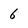
Character: 6